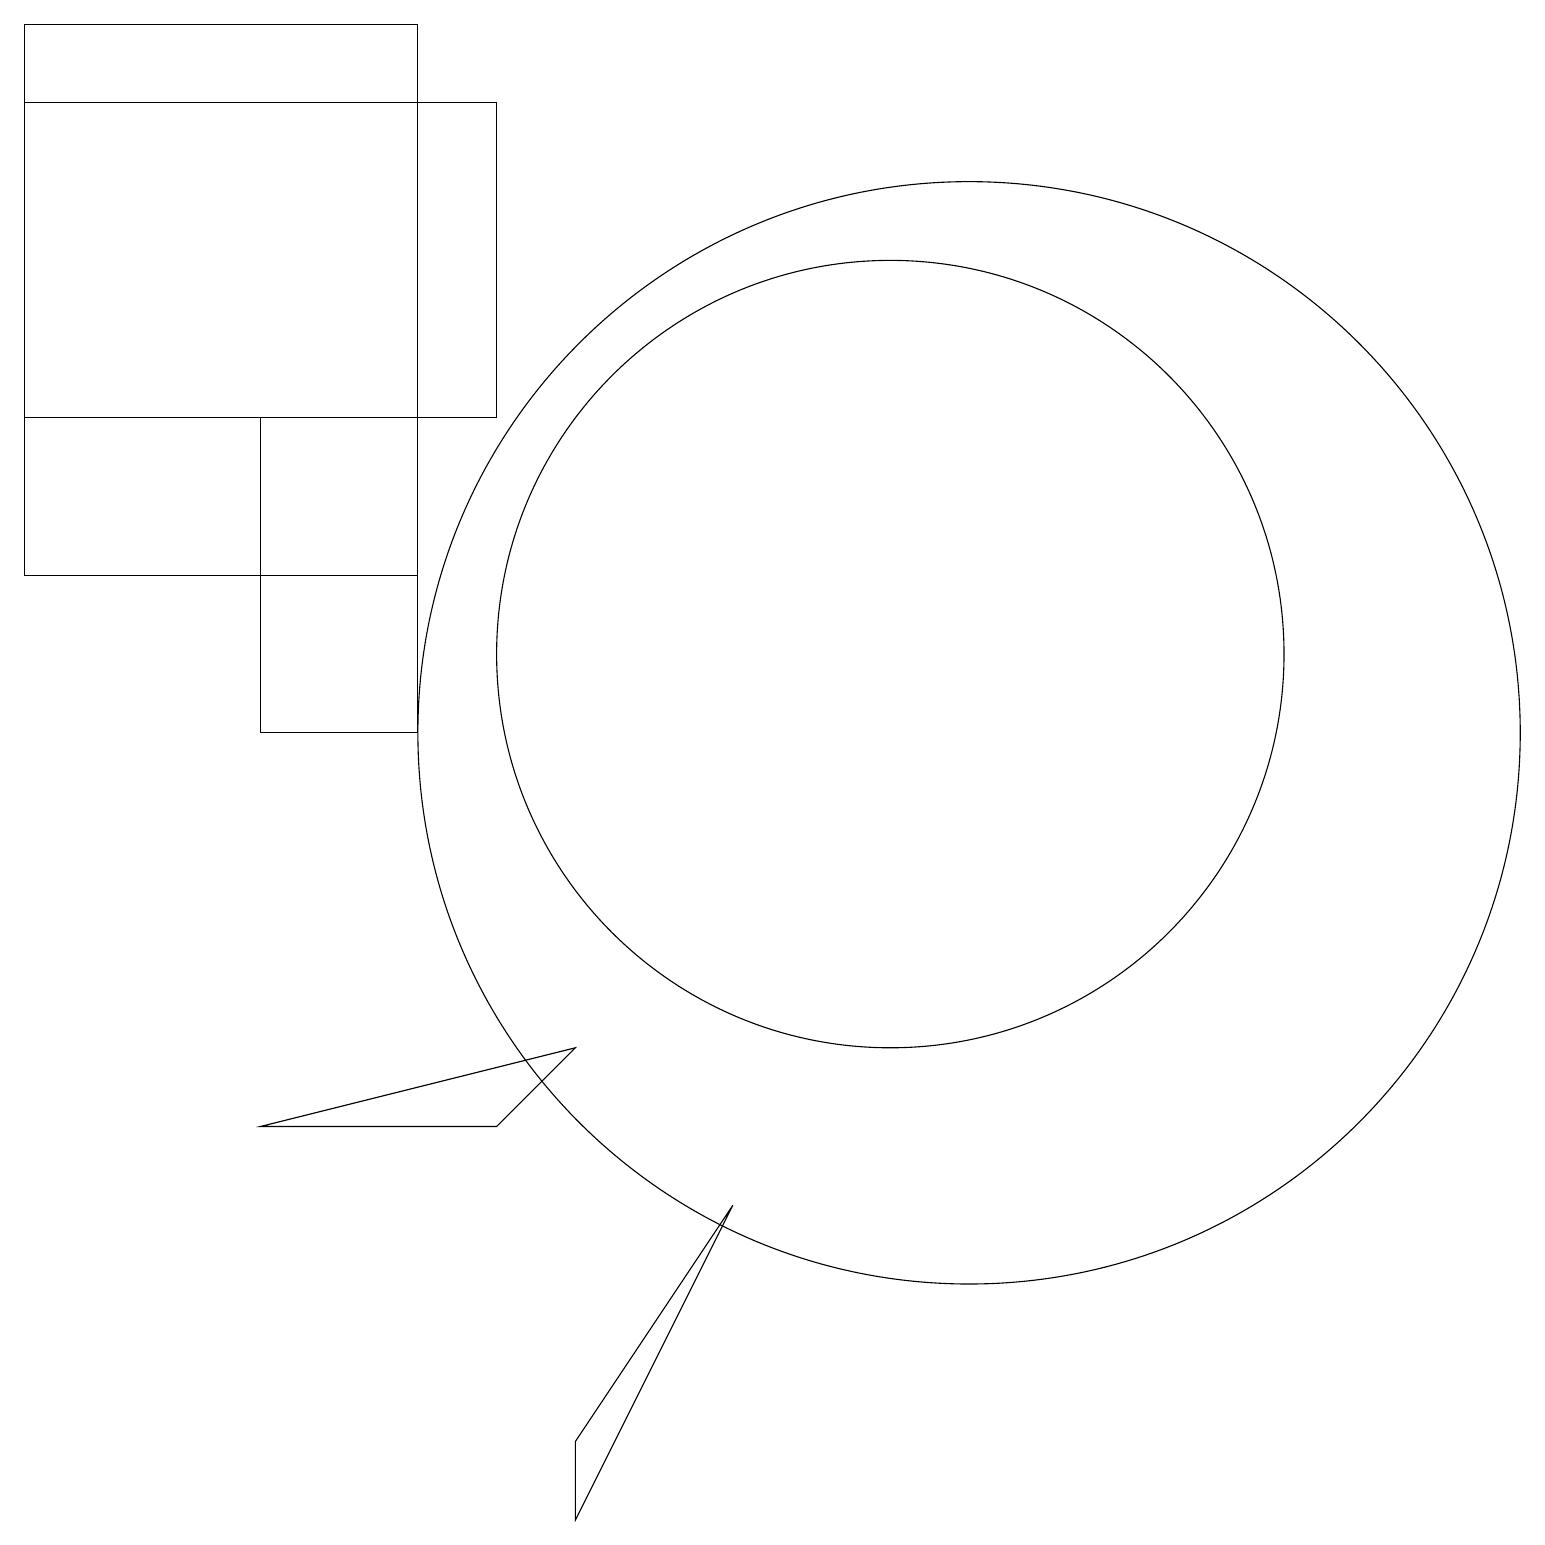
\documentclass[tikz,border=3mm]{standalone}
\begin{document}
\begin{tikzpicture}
\draw (11,11) circle (5);
\draw (6,5) -- (3,5) -- (7,6) -- cycle;
\draw (9,4) -- (7,1) -- (7,0) -- cycle;
\draw (5,14) rectangle (3,10);
\draw (6,14) rectangle (0,18);
\draw (12,10) circle (7);
\draw (0,12) rectangle (5,19);
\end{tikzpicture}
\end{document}